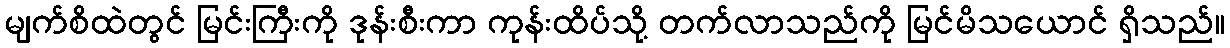
မျက်စိထဲတွင် မြင်းကြီးကို ဒုန်းစီးကာ ကုန်းထိပ်သို့ တက်လာသည်ကို မြင်မိသယောင် ရှိသည်။